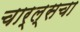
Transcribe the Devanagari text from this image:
चार्ल्सचा